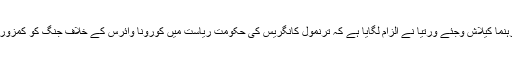
بی جے پی رہنما کیلاش وجئے ورتیا نے الزام لگایا ہے کہ ترنمول کانگریس کی حکومت ریاست میں کورونا وائرس کے خلاف جنگ کو کمزور کررہی ہے۔